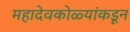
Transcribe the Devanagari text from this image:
महादेवकोळ्यांकडून